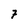
Character: 7